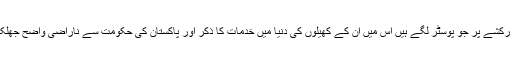
ان کے رکشے پر جو پوسٹر لگے ہیں اس میں ان کے کھیلوں کی دنیا میں خدمات کا ذکر اور پاکستان کی حکومت سے ناراضی واضح جھلکتی ہے۔